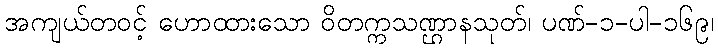
အကျယ်တဝင့် ဟောထားသော ဝိတက္ကသဏ္ဌာနသုတ်၊ ပဏ်-၁-ပါ-၁၆၉၊